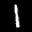
Label: 1